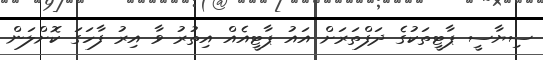
ސިޔާސީ ޕާޓީތަކުގެ ދަފްތަރަށް އައު ޕާޓީއެއް އިތުރު ވާ އިރު ފާހަގަ ކޮށްލަން